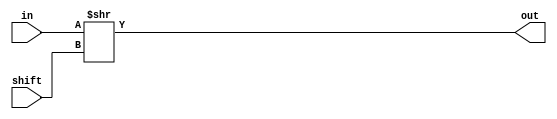
`ifndef _RSHF
`define _RSHF

module right_shift(in, out, shift);

    output [15:0] out;
    input  [15:0] in;
    input  [3:0]  shift;

    assign out = in >> shift;

endmodule

`endif